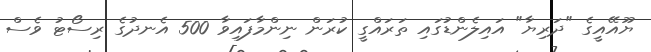
ޔޫއޭއީގެ "ދަރިޔާ" އައިލެންޑުގައި ތަރައްގީ ކުރަން ނިންމާފައިވާ 500 އެނދުގެ ރިސޯޓު ވެސް